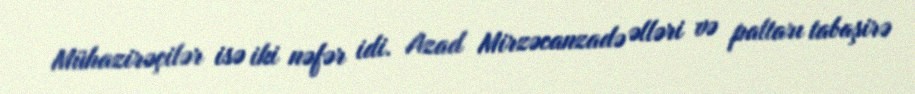
Mühazirəçilər isə iki nəfər idi. Azad Mirzəcanzadə əlləri və paltarı tabaşirə